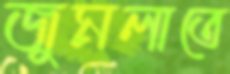
জুমলাতে